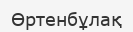
Өртенбұлақ